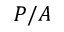
P / A